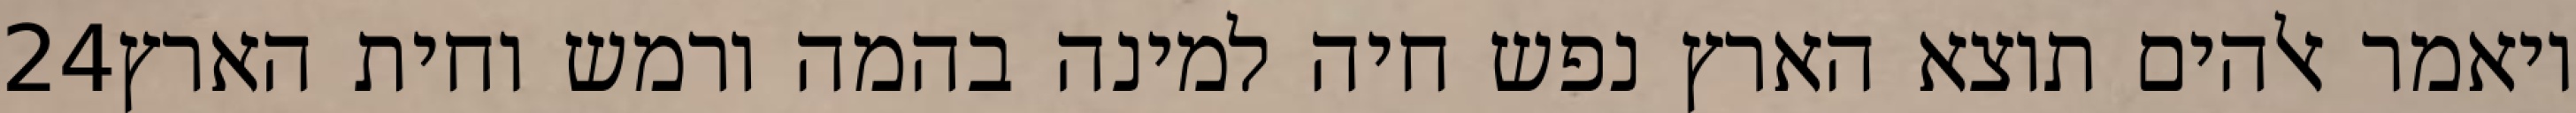
‎24‏ ויאמר אלהים תוצא הארץ נפש חיה למינה בהמה ורמש וחית הארץ